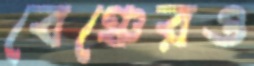
বেঞ্চেরও